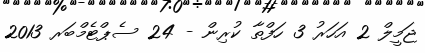
ޖަމީލް 2 އަހަރު 3 ހަފްތާ ކުރިން - 24 ސެޕްޓެމްބަރ 2013